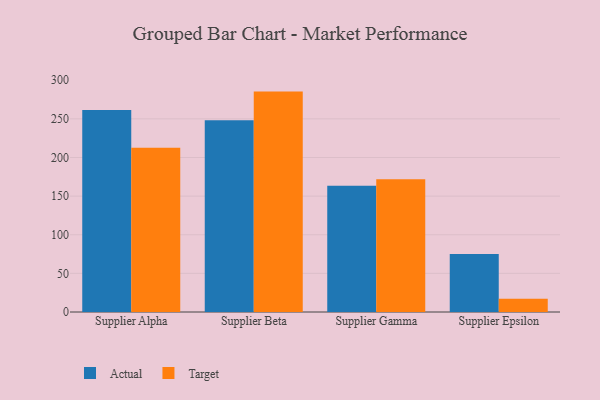
{"axis": {"x": "Supplier", "y": "Page Views"}, "legend": ["Actual", "Target"], "data": [{"x": "Supplier Alpha", "y": 261.5, "type": "Actual"}, {"x": "Supplier Alpha", "y": 212.5, "type": "Target"}, {"x": "Supplier Beta", "y": 248.1, "type": "Actual"}, {"x": "Supplier Beta", "y": 285.3, "type": "Target"}, {"x": "Supplier Gamma", "y": 163.3, "type": "Actual"}, {"x": "Supplier Gamma", "y": 172.0, "type": "Target"}, {"x": "Supplier Epsilon", "y": 75.1, "type": "Actual"}, {"x": "Supplier Epsilon", "y": 17.1, "type": "Target"}]}